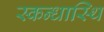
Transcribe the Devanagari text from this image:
स्कन्धास्थि